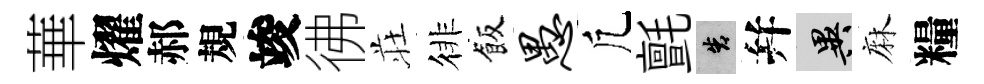
華燿郝規竣彿荘徘飯愚凢氈告幷异麻糧